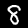
Digit: 8